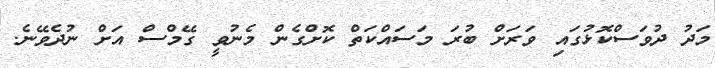
މަދު ދުވަސްކޮޅުގައި ވަރަށް ބުރަ މަސައްކަތް ކޮށްގެން މެނުވީ ގޭމްސް އަށް ނުދެވޭނެ.